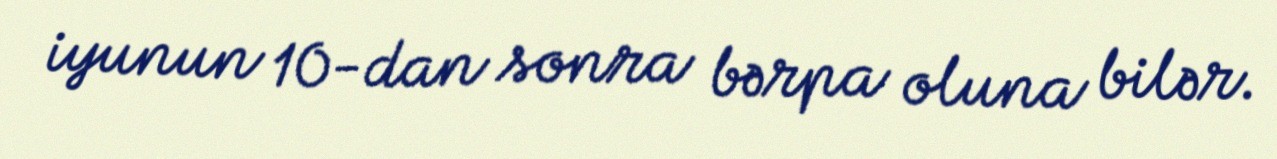
iyunun 10-dan sonra bərpa oluna bilər.